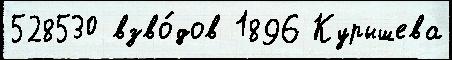
528530 взво́дов 1896 Курышева